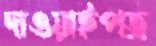
দাওয়াইপত্র